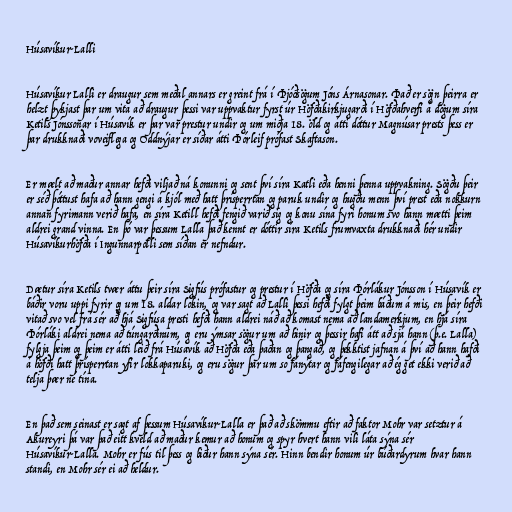
Húsavíkur-Lalli

Húsavíkur Lalli er draugur sem meðal annars er greint frá í Þjóðsögum Jóns Árnasonar. Það er sögn þeirra er
helzt þykjast þar um vita að draugur þessi var uppvaktur fyrst úr Höfðakirkjugarði í Höfðahverfi á dögum síra
Ketils Jónssonar í Húsavík er þar var prestur undir og um miðja 18. öld og átti dóttur Magnúsar prests þess er
þar drukknaði voveiflega og Oddnýjar er síðar átti Þórleif prófast Skaftason.

Er mælt að maður annar hefði viljað ná konunni og sent því síra Katli eða henni þenna uppvakning. Sögðu þeir
er séð þóttust hafa að hann gengi á kjól með hatt þrísperrtan og paruk undir og hugðu menn því prest eða nokkurn
annan fyrimann verið hafa, en síra Ketill hefði fengið varið sig og konu sína fyri honum svo hann mætti þeim
aldrei grand vinna. En þó var þessum Lalla það kennt er dóttir síra Ketils frumvaxta drukknaði hér undir
Húsavíkurhöfða í Ingunnarpolli sem síðan er nefndur.

Dætur síra Ketils tvær áttu þeir síra Sigfús prófastur og prestur í Höfða og síra Þórlákur Jónsson í Húsavík er
báðir voru uppi fyrir og um 18. aldar lokin, og var sagt að Lalli þessi hefði fylgt þeim báðum á mis, en þeir hefði
vitað svo vel frá sér að hjá Sigfúsa presti hefði hann aldrei náð að komast nema að landamerkjum, en hjá síra
Þórláki aldrei nema að túngarðinum, og eru ýmsar sögur um að hinir og þessir hafi átt að sjá hann (þ.e. Lalla)
fylgja þeim og þeim er átti leið frá Húsavík að Höfða eða þaðan og þangað, og þekktist jafnan á því að hann hafði
á höfði hatt þrísperrtan yfir lokkaparuki, og eru sögur þar um so fánýtar og fáfengilegar að ég get ekki verið að
telja þær né tína.

En það sem seinast er sagt af þessum Húsavíkur-Lalla er það að skömmu eftir að faktor Mohr var setztur á
Akureyri þá var það eitt kveld að maður kemur að honum og spyr hvert hann vili láta sýna sér
Húsavíkur-Lalla. Mohr er fús til þess og biður hann sýna sér. Hinn bendir honum úr búðardyrum hvar hann
standi, en Mohr sér ei að heldur.